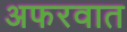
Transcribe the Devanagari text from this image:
अफरवात